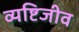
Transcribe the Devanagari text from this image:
व्यष्टिजीव